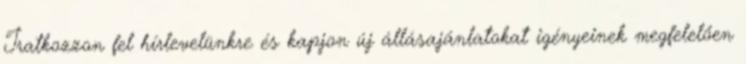
Iratkozzon fel hírlevelünkre és kapjon új állásajánlatokat igényeinek megfelelően